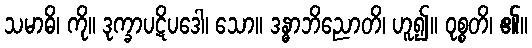
သမာဓိ၊ ကို။ ဒုက္ခာပဋိပဒေါ၊ သော။ ဒန္ဓာဘိညောတိ၊ ဟူ၍။ ဝုစ္စတိ၊ ၏။